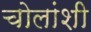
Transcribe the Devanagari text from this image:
चोलांशी